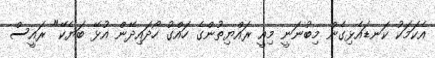
އެކަމަކު ކަނޑައެޅިގެން މިބުނަނީ މިއީ ރައްޔިތުންގެ ހައްގު ހޯދައިދޭން އުޅޭ ބަޔެކޭ" ރައީސް